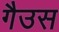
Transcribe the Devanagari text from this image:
गैउस